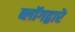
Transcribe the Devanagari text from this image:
ब्लॉगद्वारे